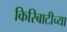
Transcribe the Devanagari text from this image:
किरिबाटीच्या